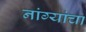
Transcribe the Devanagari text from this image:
नांग्यांचा